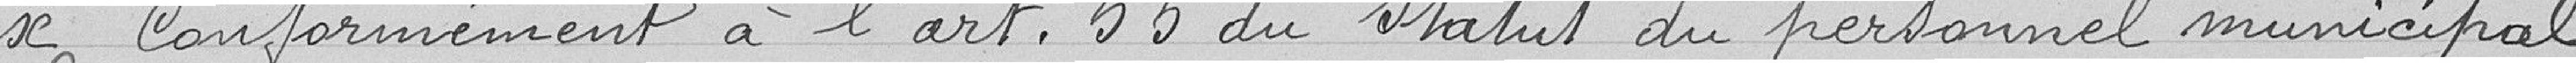
conformément à l'art. 55 du Statut du personnel municipal.